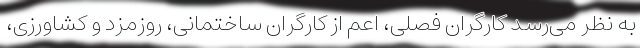
به نظر می‌رسد کارگران فصلی، اعم از کارگران ساختمانی، روزمزد و کشاورزی،